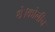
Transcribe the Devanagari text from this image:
थे।कोलीन